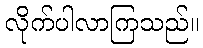
လိုက်ပါလာကြသည်။